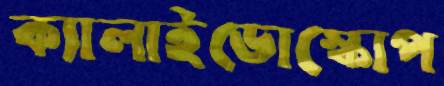
ক্যালাইডোস্কোপ